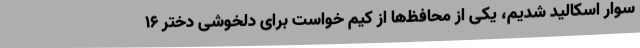
سوار اسکالید شدیم، یکی از محافظ‌ها از کیم خواست برای دلخوشی دختر ۱۶